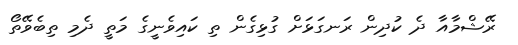
ރޭޝްމާއާ ދެ ކުދިން ރަނގަޅަށް ގުޅިގެން ތި ކައިވެނީގެ މަތީ ދެމި ތިބެވޭތޯ